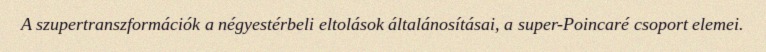
A szupertranszformációk a négyestérbeli eltolások általánosításai, a super-Poincaré csoport elemei.